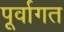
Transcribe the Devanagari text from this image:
पूर्वागत